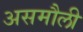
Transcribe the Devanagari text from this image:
असमौली